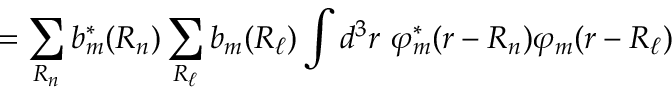
= \sum _ { \boldsymbol { R _ { n } } } b _ { m } ^ { * } ( { \boldsymbol { R _ { n } } } ) \sum _ { \boldsymbol { R _ { \ell } } } b _ { m } ( { \boldsymbol { R _ { \ell } } } ) \int d ^ { 3 } r \ \varphi _ { m } ^ { * } ( { \boldsymbol { r - R _ { n } } } ) \varphi _ { m } ( { \boldsymbol { r - R _ { \ell } } } )